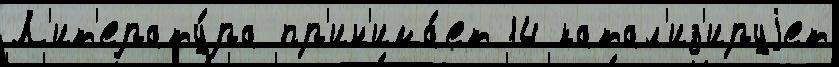
Л'ит'ерату́ра пр'ин'има́ет 14 катал'из'ируjет